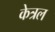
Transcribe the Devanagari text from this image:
केत्रल